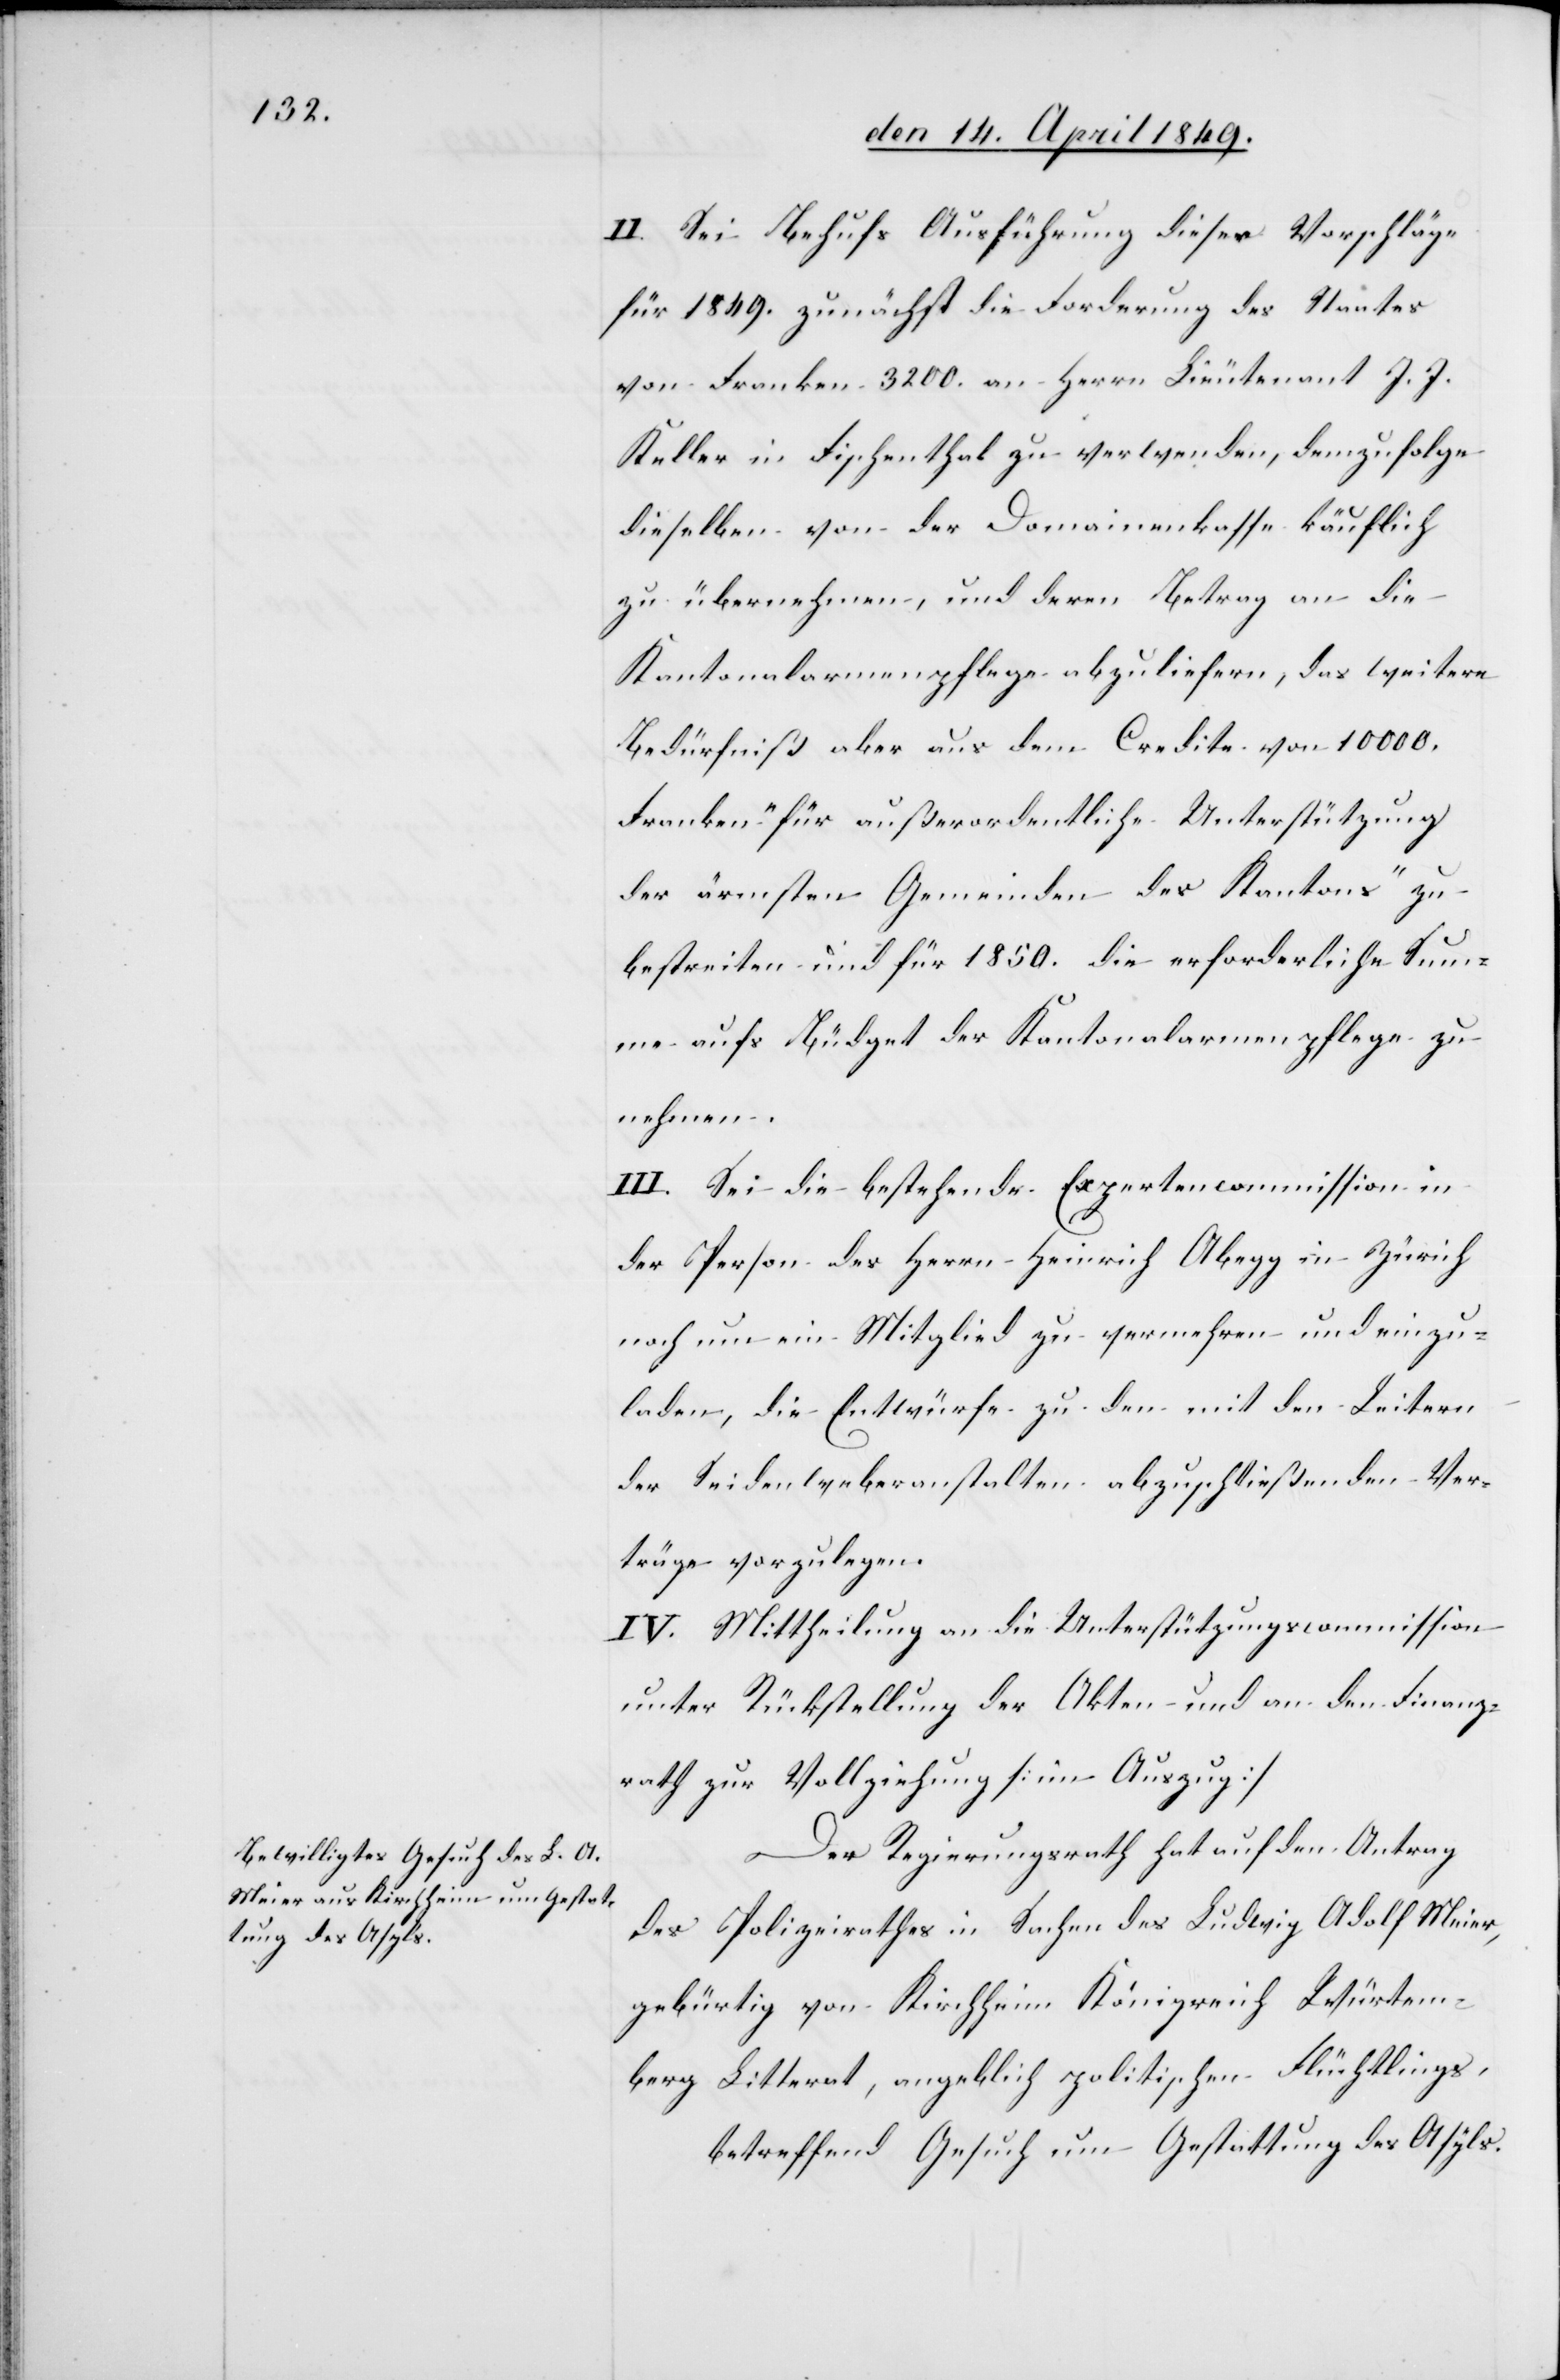
II. Sei Behufs Ausführung dieser Vorschläge
für 1849. zunächst die Forderung des Staates
von Franken 3200. an Herrn Lieutenant J. J.
Keller in Fischenthal zu verwenden, demzufolge
dieselben von der Domainenkasse käuflich
zu übernehmen, und deren Betrag an die
Kantonalarmenpflege abzuliefern, das weitere
Bedürfniß aber aus dem Credite von 10 000.
Franken „für außerordentliche Unterstützung
der ärmsten Gemeinden des Kantons“ zu
bestreiten und für 1850. die erforderliche Sum¬
me aufs Büdget der Kantonalarmenpflege zu
nehmen.
III. Sei die bestehende Expertencommission in
der Person der Herrn Heinrich Abegg in Zürich
noch um ein Mitglied zu vermehren und einzu¬
laden, die Entwürfe zu den mit den Leitern
der Seidenweberanstalten abzuschließenden Ver¬
träge vorzulegen.
IV. Mittheilung an die Unterstützungscommission
unter Rückstellung der Akten und an den Finanz¬
rath zur Vollziehung [im Auszug][.]
Der Regierungsrath hat auf den Antrag
des Polizeirathes in Sachen des Ludwig Adolf Meier,
gebürtig von Kirchheim Königreich Würtem¬
berg Litterat, angeblich politischen Flüchtlings,
betreffend Gesuch um Gestattung des Asyls.